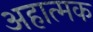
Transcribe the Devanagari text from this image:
अहात्मक